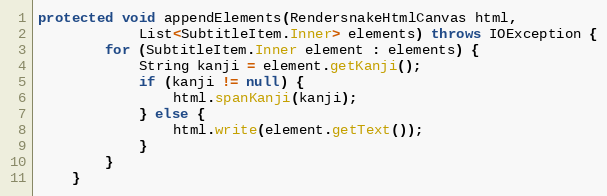
Language: Java
protected void appendElements(RendersnakeHtmlCanvas html,
			List<SubtitleItem.Inner> elements) throws IOException {
		for (SubtitleItem.Inner element : elements) {
			String kanji = element.getKanji();
			if (kanji != null) {
				html.spanKanji(kanji);
			} else {
				html.write(element.getText());
			}
		}
	}